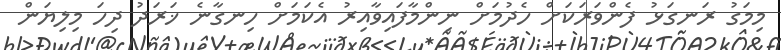
މިމަގު ރަނގަޅު ފެންވަރަކަށް ހެދުމަށް ނިންމާފައިވާއިރު އެކަމަށް ހިނގާނެ ޚަރަދު ދިހަ މިލިޔަން